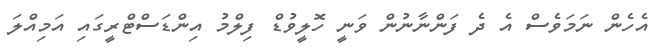
އެހެން ނަމަވެސް އެ ދެ ފަންނާނުން ވަނީ ހޮލީވުޑް ފިލްމު އިންޑަސްޓްރީގައި އަމިއްލަ